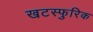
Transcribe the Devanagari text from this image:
खटस्फुरिक